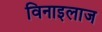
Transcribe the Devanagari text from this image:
विनाइलाज